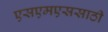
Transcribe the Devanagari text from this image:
एसएमएससाठी